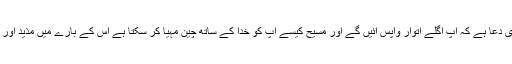
‘‘ یہ ہماری دعا ہے کہ آپ اگلے اِتوار واپس آئیں گے اور مسیح کیسے آپ کو خُدا کے ساتھ چین مہیا کر سکتا ہے اِس کے بارے میں مذید اور سُنیں گے۔